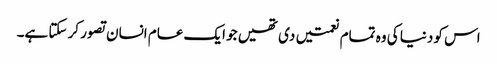
اس کو دنیا کی وہ تمام نعمتیں دی تھیں جو ایک عام انسان تصور کر سکتا ہے۔